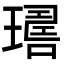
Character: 𤩇